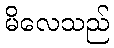
မိလေသည်